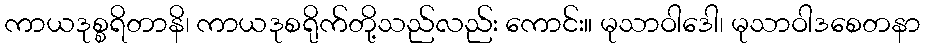
ကာယဒုစ္စရိတာနိ၊ ကာယဒုစရိုက်တို့သည်လည်း ကောင်း။ မုသာဝါဒေါ၊ မုသာဝါဒစေတနာ